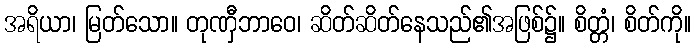
အရိယာ၊ မြတ်သော။ တုဏှီဘာဝေ၊ ဆိတ်ဆိတ်နေသည်၏အဖြစ်၌။ စိတ္တံ၊ စိတ်ကို။